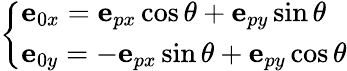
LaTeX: \left\{ \begin{array}{ll}{\mathbf{e}_{0x}=\mathbf{e}_{px}\cos\theta+\mathbf{e}_{py}\sin\theta}\\ {\mathbf{e}_{0y}=-\mathbf{e}_{px}\sin\theta+\mathbf{e}_{py}\cos\theta}\end{array}\right.